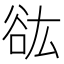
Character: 谹